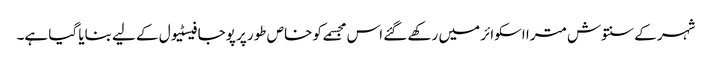
شہر کے سنتوش مترا اسکوائر میں رکھے گئے اس مجسمے کو خاص طور پر پوجا فیسٹیول کے لیے بنایا گیا ہے۔